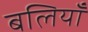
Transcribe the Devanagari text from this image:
बलियाँ